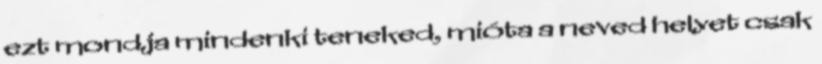
ezt mondja mindenki teneked, mióta a neved helyet csak